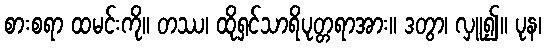
စားစရာ ထမင်းကို။ တဿ၊ ထိုရှင်သာရိပုတ္တရာအား။ ဒတွာ၊ လှူ၍။ ပုန၊